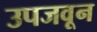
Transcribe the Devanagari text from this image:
उपजवून